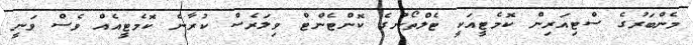
މެންބަރުގެ ސްޓިއަރިން ކޮމެޓީއަކީ ޓެލްތޯނުގެ ކޮންޓެންޓް ވިލަރެސް ކުރާނެ ކޮމެޓީއެއް ވެސް ވަނީ